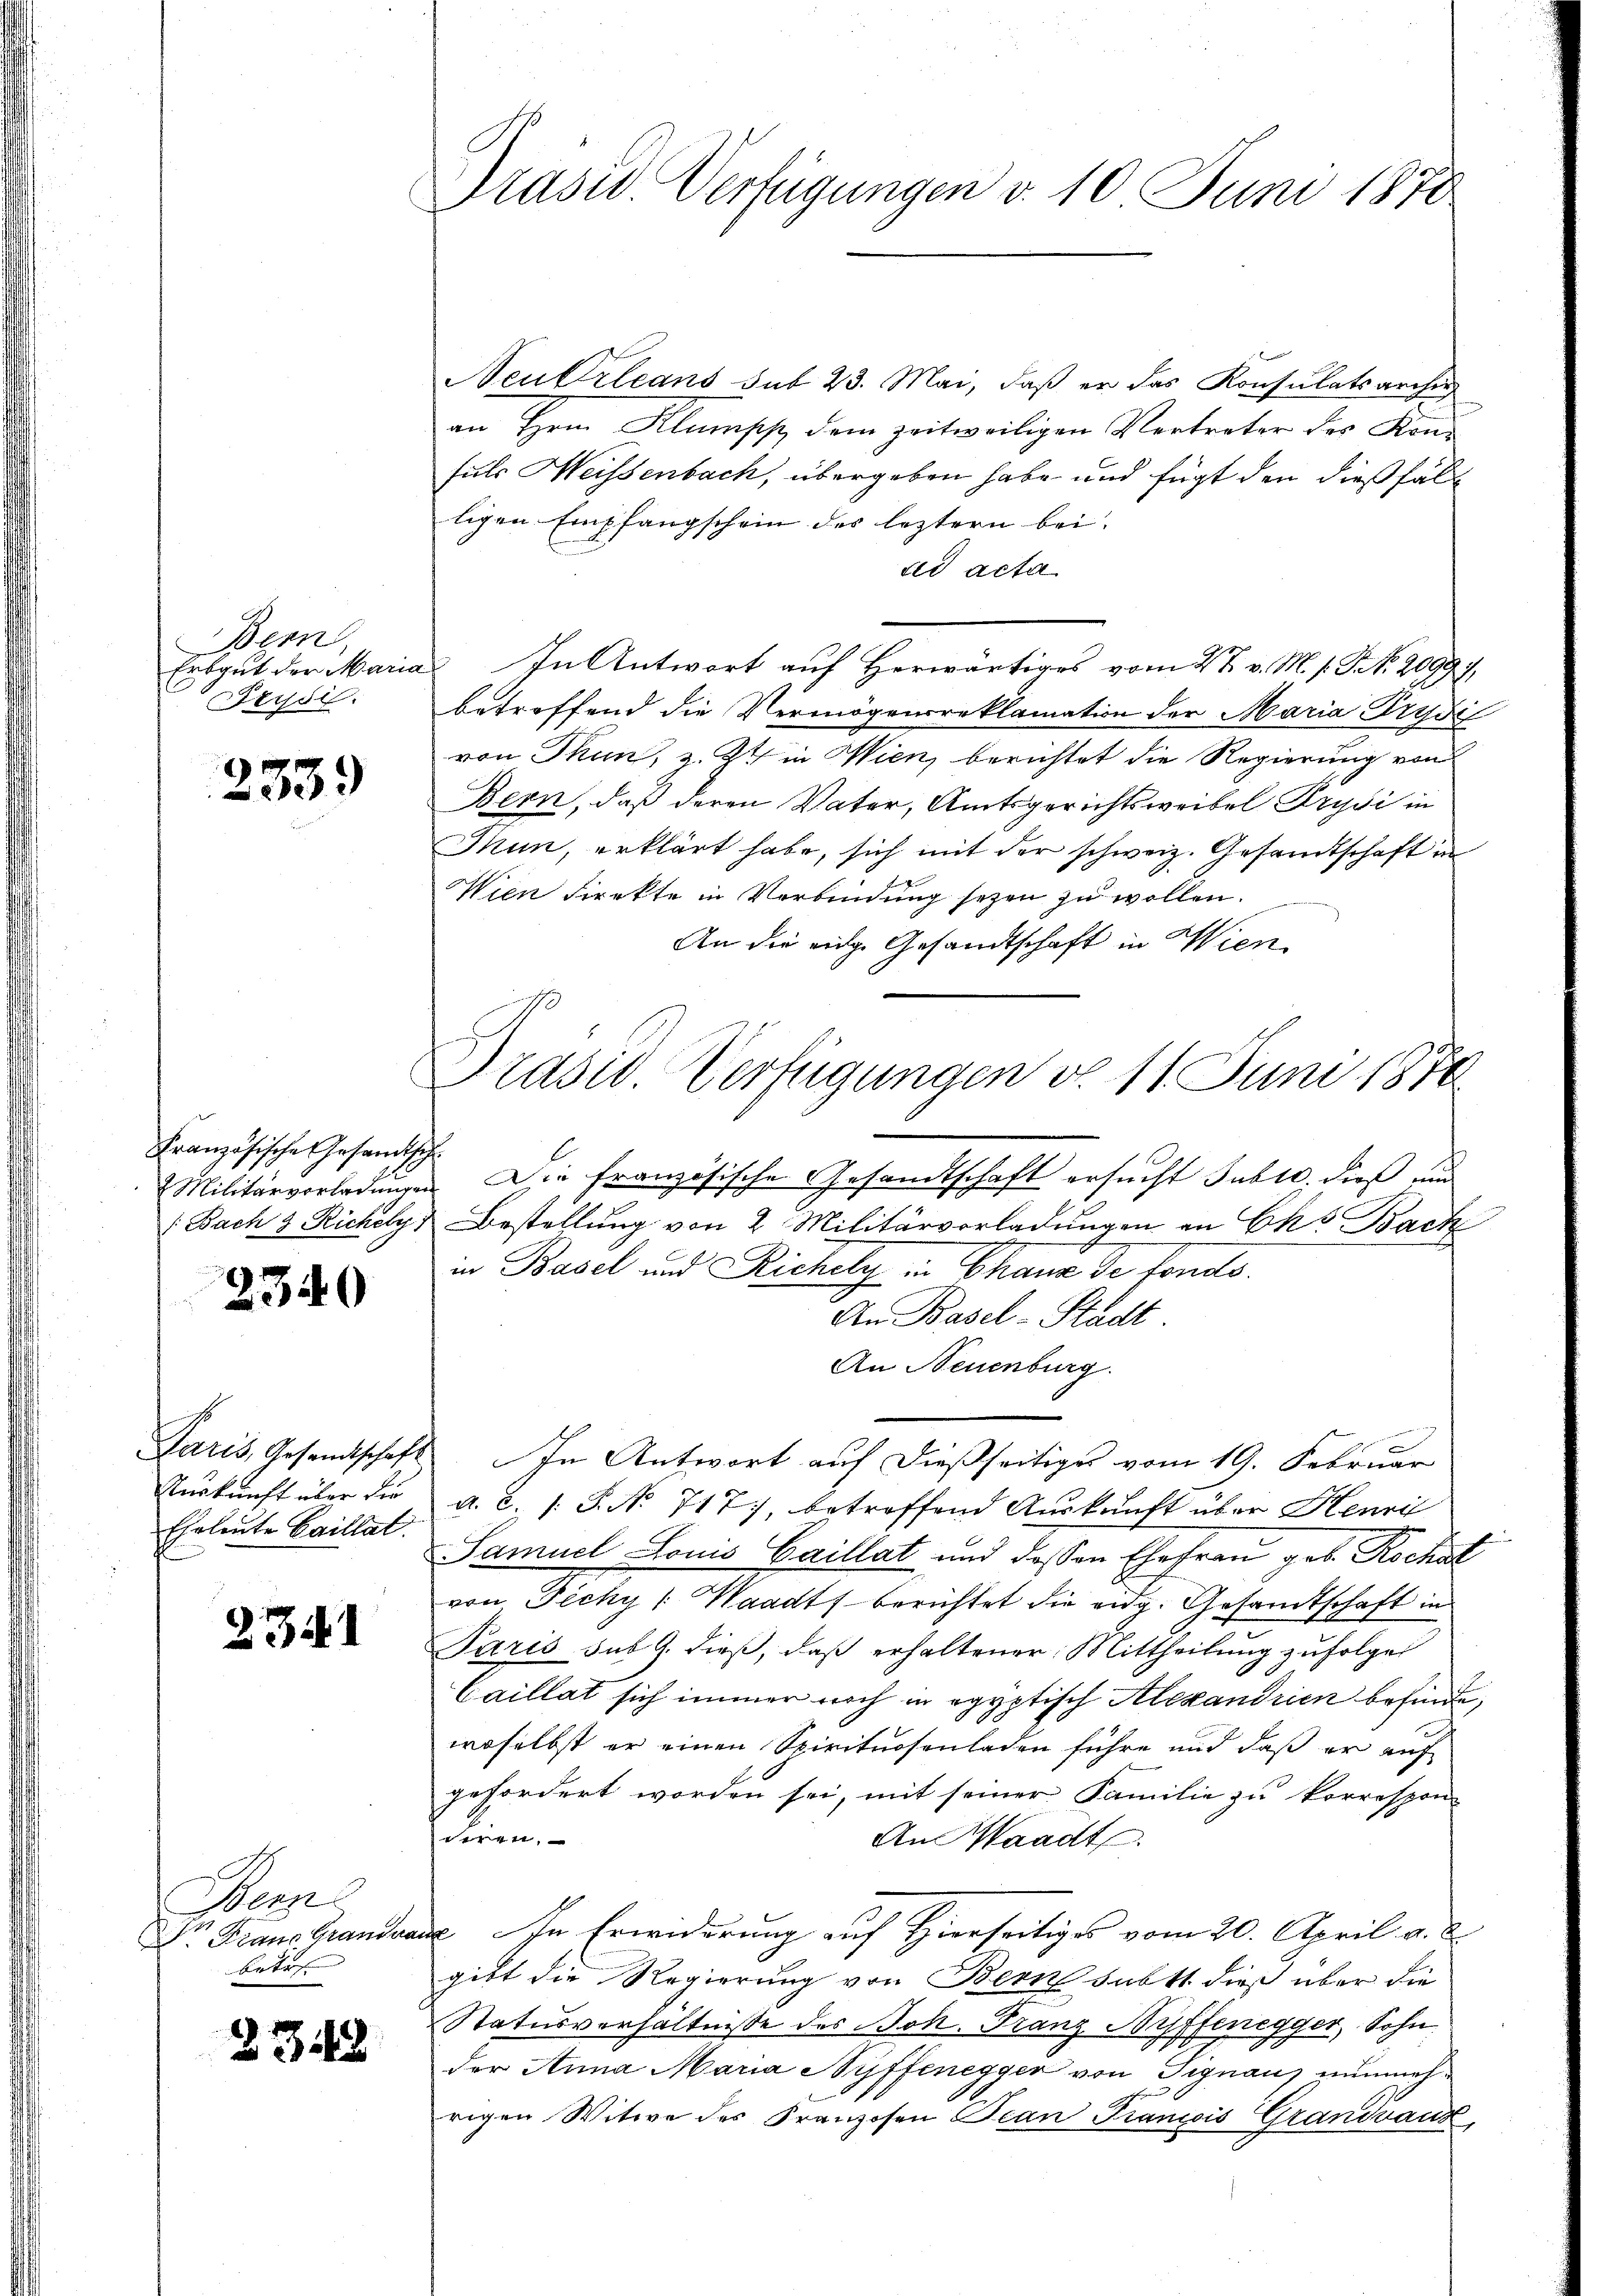
Bern,
Erbgut der Maria
Seysi.

2339

Französische Gesandtisch

2340

Paris, Gesandtschaft
Auskunft über die
Eheleute baillat

231

Bern
Dr. Fraue Grandver
betr.

B 348

Präsid. Verfügungen d. 10 Juni 1870

Präsid. Verfügungen d. 11. Juni 1874.

Neu Orleans sub 23. Mai, daß er das Konsulatsarchi
an Hrn. Klumpf dem zeitweiligen Vertreter des Konsuls Heissenbach, übergeben habe und fügt den dießfälligen Empfangschein des leztern bei.
tes acta
 In Antwort auf Herwärtiges vom 27. v. M. v. J. No. 20991,
betreffend die Vermögensreklamation der Maria Prydi
von Thun, z. Zt. in Wien, berichtet die Regierung von
Bern, daß deren Vater, Amtsgerichtsweibel Prysi in
Mun, erklärt habe, sich mit der schweiz. Gesandtschaft in
Wien direkte in Verbindung seyen zu wollen.
An die eidge Gesandtschaft in Wien
Militärverladungen. Die französische Gesandtschaft ersucht Suble, dieß und
(Bach 3 Richelys Bestellung von 2 Militärvorladungen an Eks Bach
in Basel und Richely in Chaux de fonds.
An Basel-Stadt
An Neuenburg.
 In Antwort auf dießseitiges vom 19. Februar
a. C. /: P. N. 717, betreffend Auskunft über Henri
Samuel Louis Gaillat und dessen Ehefrau geb. Rochst
von Ficky (Waadt berichtet die eidg. Gesandtschaft in
Paris sub 9. dieß, daß erhaltener: Mittheilung zufolge
Caillat sich immer noch in egyptisch Alexandrien befinde,
woselbst er einen Spirituosenladen führe und daß er auf
gefordert worden sei, mit seiner Familie zu korrespon-
en,
An Waadt
de. In Erwiderung auf Hierseitiges vom 20. April a. a.
gibt die Regierung von Bern subtt. dieß über die
Ratusverhältnisse des Boh. Franz Neffenegger, Sohn
der Anna Maria Ryffenegger von Signauz nunmehrigen Witwe des Franzosen Bean Francois Grandvaux,